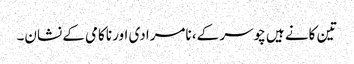
تین کانے ہیں چوسر کے، نامرادی اور ناکامی کے نشان۔